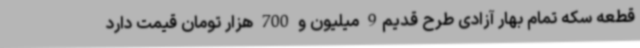
قطعه سکه تمام بهار آزادی طرح قدیم9 میلیون و 700 هزار تومان قیمت دارد